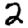
Digit: 2